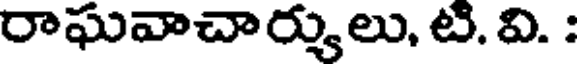
రాఘవాచార్యులు, టి. వి. :